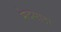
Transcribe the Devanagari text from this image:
मेदसाठा